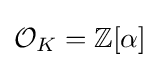
{\mathcal {O}}_{K}=\mathbb {Z} [\alpha ]